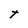
Character: t